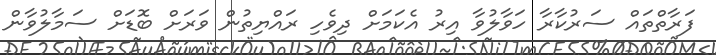
ފަރާތްތައް ސަރުކާރާ ހަވާލުވާ އިރު އެކަމަށް ދިވެހި ރައްޔިތުން ވަރަށް ބޮޑަށް ސަމާލުވާން